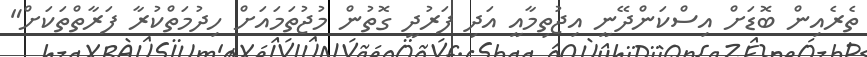
ތެރެއިން ބޮޑަށް އިސްކަންދޭނީ އިޖުތިމާއީ އަދި ފަރުދީ ގޮތުން މުޖުތަމައަށް ހިދުމަތްކުރާ ފަރާތްތަކަށް"